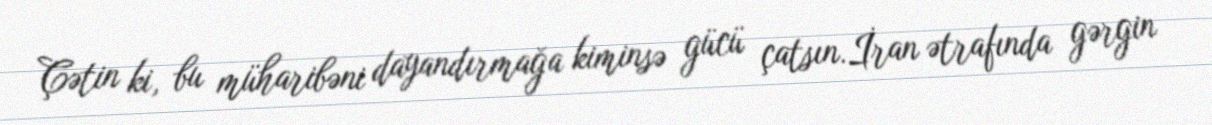
Çətin ki, bu müharibəni dayandırmağa kiminsə gücü çatsın.İran ətrafında gərgin